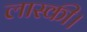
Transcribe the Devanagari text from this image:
लास्की।